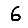
Digit: 6